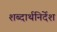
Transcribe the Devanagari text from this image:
शब्दार्थनिर्देश